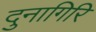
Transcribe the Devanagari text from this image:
दुनागिरि